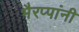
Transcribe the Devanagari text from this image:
भैरप्पांनी